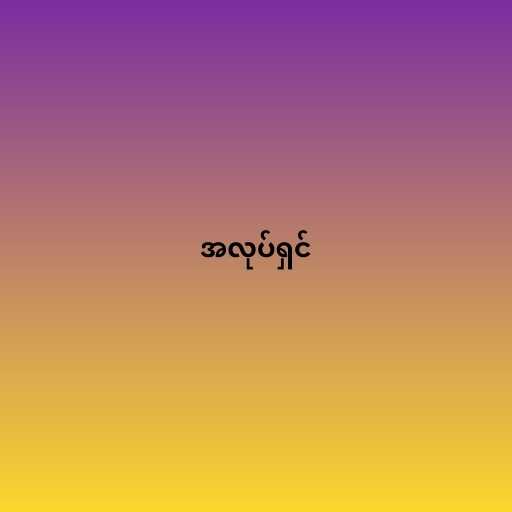
အလုပ်ရှင်